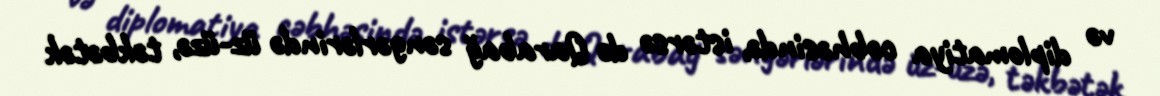
və diplomatiya cəbhəsində, istərsə də Qarabağ səngərlərində üz-üzə, təkbətək